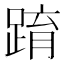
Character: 𨂔